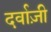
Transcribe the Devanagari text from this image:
दर्वाज़ी